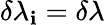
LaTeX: \delta\lambda_{\mathbf{i}}=\delta\lambda